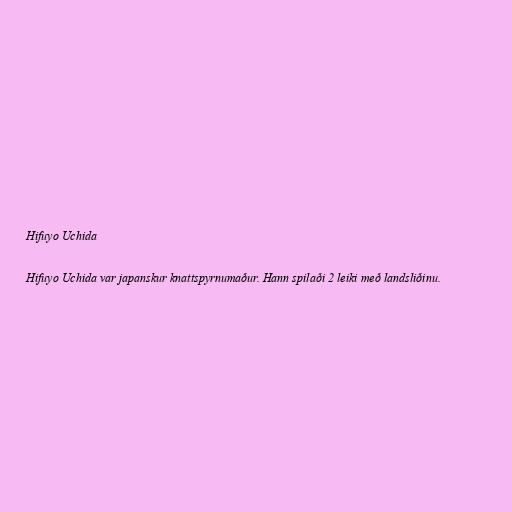
Hifuyo Uchida

Hifuyo Uchida var japanskur knattspyrnumaður. Hann spilaði 2 leiki með landsliðinu.